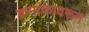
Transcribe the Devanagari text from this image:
क्रमांकावरून